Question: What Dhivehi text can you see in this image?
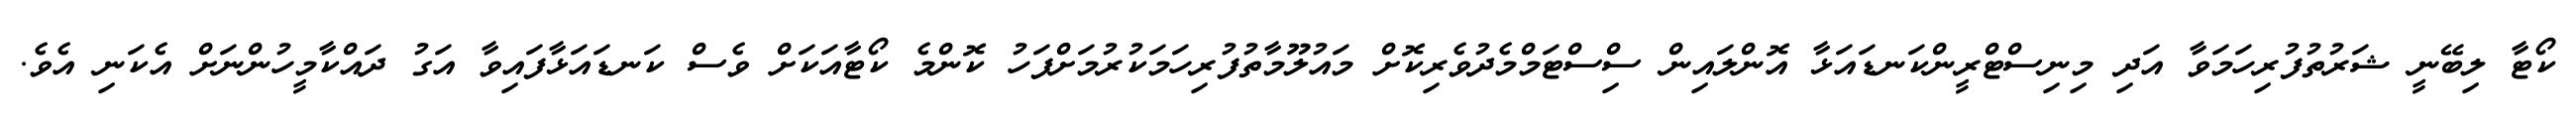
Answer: ކޯޓާ ލިބޭނީ ޝަރުތުފުރިހަމަވާ އަދި މިނިސްޓްރީންކަނޑައަޅާ އޮންލައިން ސިްސްޓަމްމެދުވެރިކޮށް މައުލޫމާތުފުރިހަމަކުރުމަށްފަހު ކޮންމެ ކޯޓާއަކަށް ވެސް ކަނޑައަޅާފައިވާ އަގު ދައްކާމީހުންނަށް އެކަނި އެވެ.